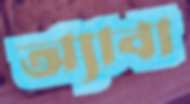
অ্যাবা